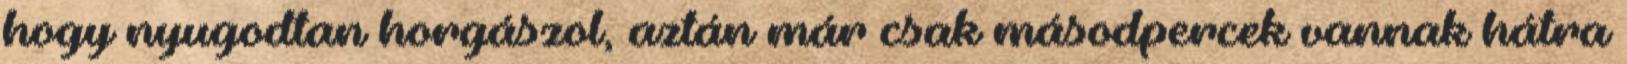
hogy nyugodtan horgászol, aztán már csak másodpercek vannak hátra